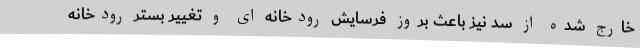
خارج شده از سد نیز باعث بروز فرسایش رودخانه ای و تغییر بستر رودخانه